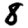
Digit: 8